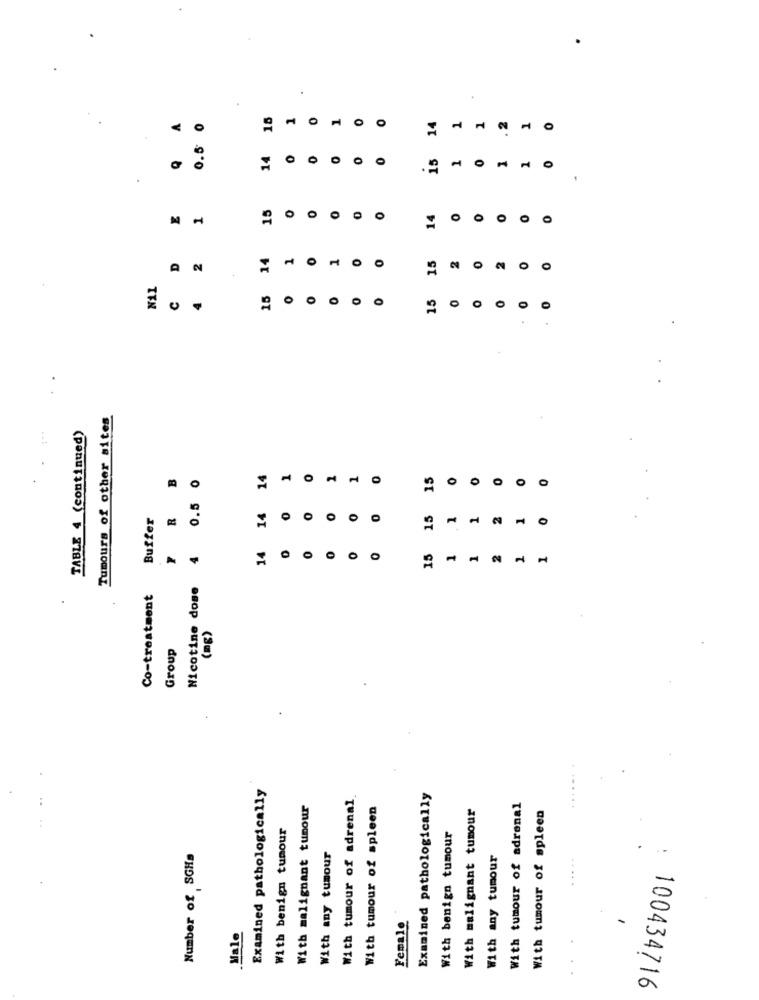
15
1
0
O
14
2
0.5
14
15
O
0
15
1
O
14
O
14
1
2
D
2
15
0
Nil
C
15
15
0
0
Tumours of other sites
TABLE 4 (continued)
RB
0.5 0
14
O
15
O
0
0
Buffer
14
O
15
1
0
1
0
14
4
15
O
0
1
Co-treatment
Nicotine dose
(mg)
Group
Examined pathologically
With tumour of adrenal
Examined pathologically
With malignant tumour
With tumour of spleen
With malignant tumour
With tumour of adrenal
With tumour of spleen
With benign tumour
With benign tumour
Number of SGHa
With any tumour
With any tumour
Female
Male
100434716